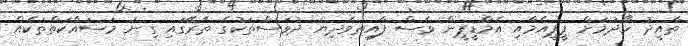
ތާއީދު ހޯދުމަށް ޕީޕީއެމާއި އެމްޑީޕީން ވެސް ފާއިތުވެދިޔަ ދުވަސްތަކުގެ ތެރޭގައި ގިނަ މަސައްކަތްތަކެއް